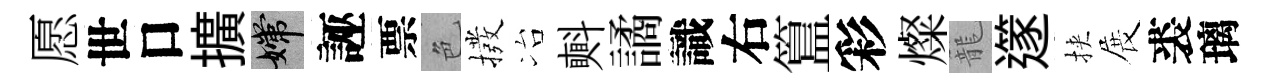
愿世口擴嫦誣票色撥冶㪺譎識右簋彩燦籠𨗹挾展裘璃